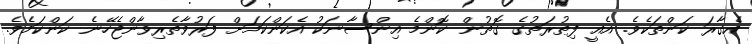
އެގާރަ ކަންތަކެވެ. އެއީ ފިޠުރަތުގެ ގޮތުން ކޮންމެ އިންސާނަކު އެކަންކަމަށް ފަރުވާތެރިވާންޖެހޭނެ ކަންކަމެވެ.